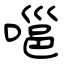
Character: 嗈